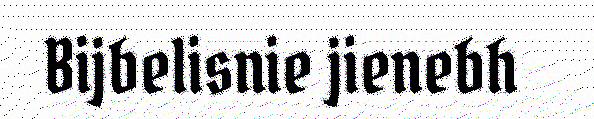
Bijbelisnie jienebh